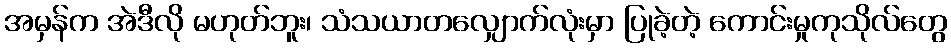
အမှန်က အဲဒီလို မဟုတ်ဘူး၊ သံသယာတလျှောက်လုံးမှာ ပြုခဲ့တဲ့ ကောင်းမှုကုသိုလ်တွေ